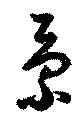
景